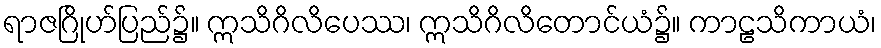
ရာဇဂြိုဟ်ပြည်၌။ ဣသိဂိလိပေဿ၊ ဣသိဂိလိတောင်ယံ၌။ ကာဠသိကာယံ၊